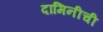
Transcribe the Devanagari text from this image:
दामिनीची